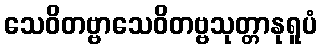
သေဝိတဗ္ဗာသေဝိတဗ္ဗသုတ္တာနုရူပံ